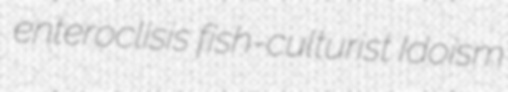
enteroclisis fish-culturist Idoism